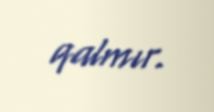
qalmır.